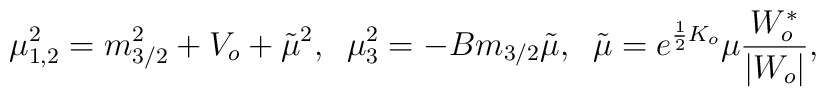
\mu_{1,2}^2= m_{3/2}^2 + V_o +{\tilde \mu}^2,\;\;\mu_3^2= -B m_{3/2}{\tilde\mu},\;\;{\tilde \mu}=e^{\frac{1}{2}K_o} \mu \frac{W_o^{*}}{|W_o|},